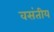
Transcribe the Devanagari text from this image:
वसंतीय